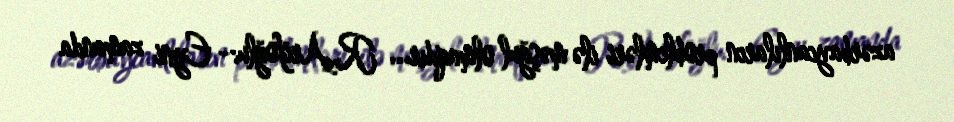
azərbaycanlıların problemləri ilə məşğul olmaqdır... R.Arifoğlu:- Eyni zamanda